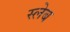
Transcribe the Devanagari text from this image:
स्लेब